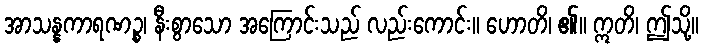
အာသန္နကာရဏဉ္စ၊ နီးစွာသော အကြောင်းသည် လည်းကောင်း။ ဟောတိ၊ ၏။ ဣတိ၊ ဤသို့။